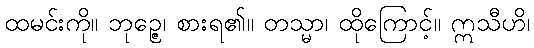
ထမင်းကို။ ဘုဉ္ဇေ၊ စားရ၏။ တသ္မာ၊ ထိုကြောင့်။ ဣသီဟိ၊